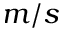
m / s